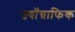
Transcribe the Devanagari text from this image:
ज्यॉग्राफिक